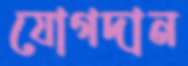
যোগদান